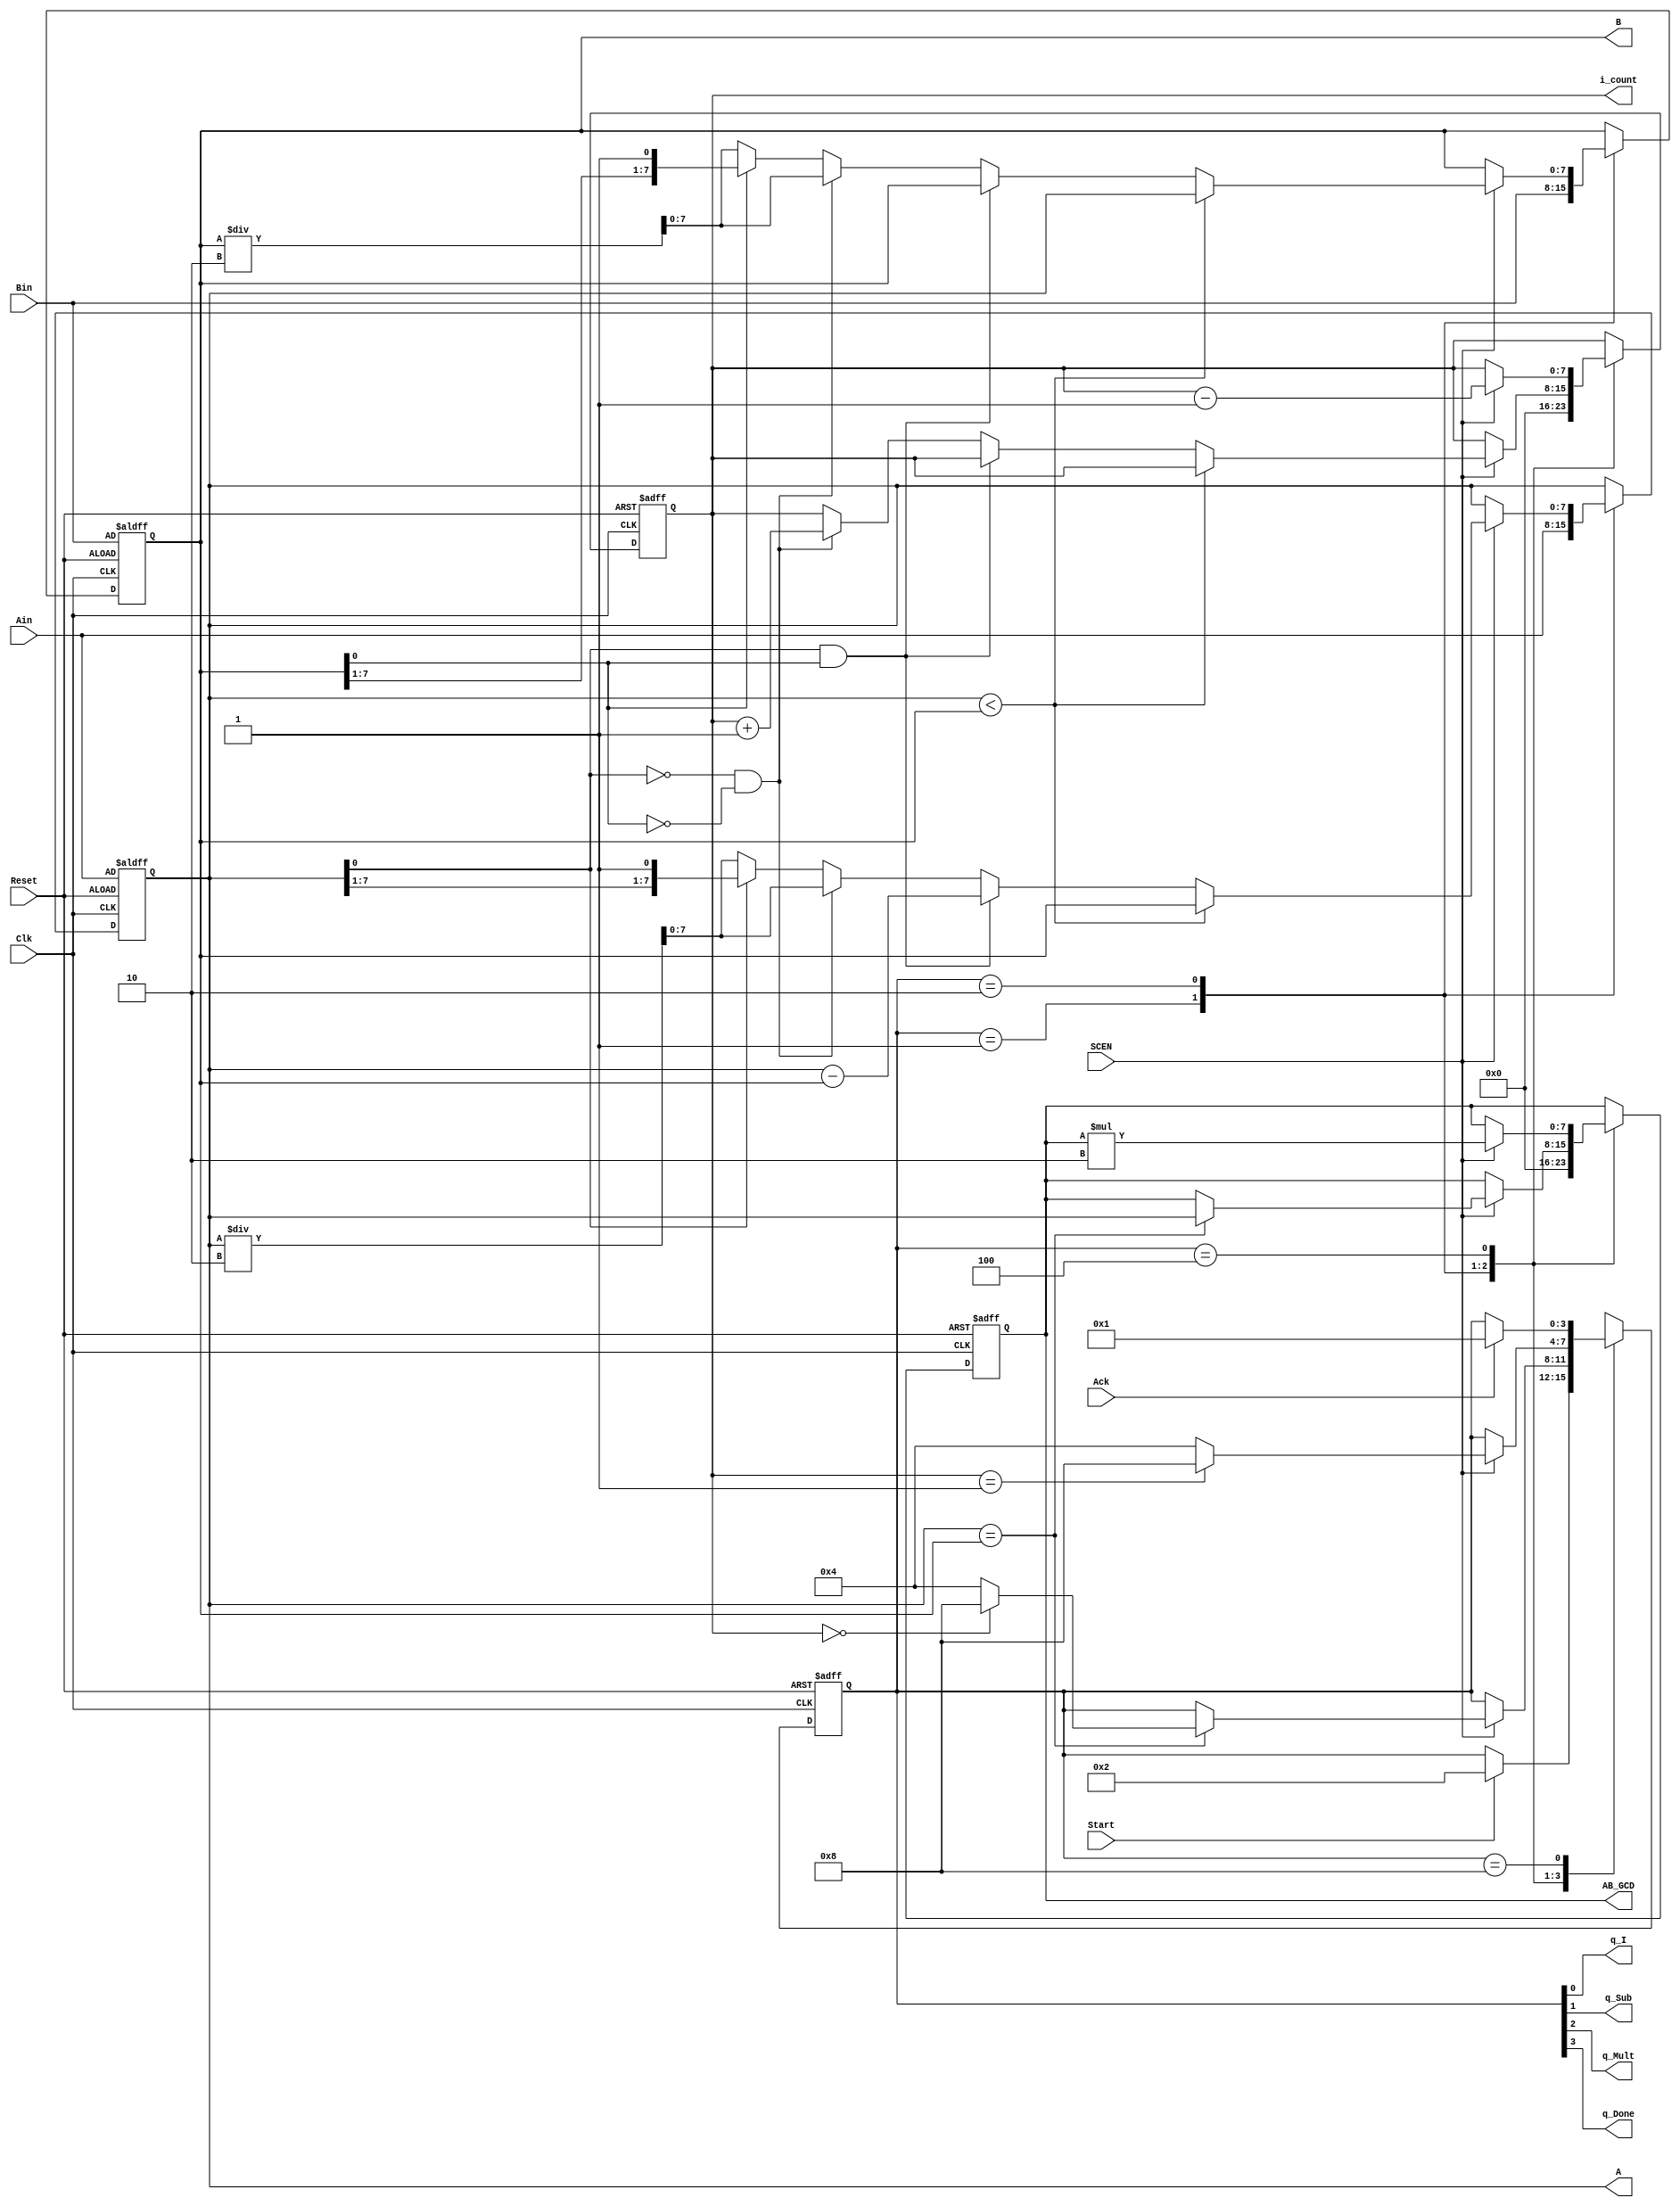
//////////////////////////////////////////////////////////////////////////////////
// Description: 
//
//
// Revision: 		2.1
// Additional Comments:  
// 10/13/2008 SCEN has been added by Gandhi
//  3/1/2010  Signal names are changed in line with the divider_verilog design
//           `define is replaced by localparam construct
//  02/24/2020 Nexys-3 to Nexys-4 conversion done by Yue (Julien) Niu and reviewed by Gandhi
//////////////////////////////////////////////////////////////////////////////////


module ee354_GCD(Clk, SCEN, Reset, Start, Ack, Ain, Bin, A, B, AB_GCD, i_count, q_I, q_Sub, q_Mult, q_Done);


	/*  INPUTS */
	input	Clk, SCEN, Reset, Start, Ack;
	input [7:0] Ain;
	input [7:0] Bin;
	
	// i_count is a count of number of factors of 2	. We do not need an 8-bit counter. 
	// However, in-line with other variables, this has been made an 8-bit item.
	/*  OUTPUTS */
	// store the two inputs Ain and Bin in A and B . These (A, B) are also continuously output to the higher module. along with the AB_GCD
	output reg [7:0] A, B, AB_GCD, i_count;		// the result of the operation: GCD of the two numbers
	// store current state
	output q_I, q_Sub, q_Mult, q_Done;
	reg [3:0] state;	
	assign {q_Done, q_Mult, q_Sub, q_I} = state;
		
	localparam 	
	I = 4'b0001, SUB = 4'b0010, MULT = 4'b0100, DONE = 4'b1000, UNK = 4'bXXXX;
	
	// NSL AND SM
	always @ (posedge Clk, posedge Reset)
	begin 
		if(Reset) 
		  begin
			state <= I;
			i_count <= 8'bx;  	// ****** TODO ******
			A <= Ain;		  	// complete the 3 lines
			B <= Bin;
			AB_GCD <= 8'bx;			
		  end
		else				// ****** TODO ****** complete several parts
				case(state)	
					I:
					begin
						// state transfers
						if (Start) state <= SUB;
						// data transfers
						i_count <= 0;
						A <= Ain;
						B <= Bin;
						AB_GCD <= 0;
					end		
					SUB: 
		               if (SCEN) //  This causes single-stepping the SUB state
						begin		
							// state transfers
							if (A == B) state <= (i_count == 0) ? DONE : MULT;
							// data transfers
							if (A == B) AB_GCD <= A;		
							if (A < B)
							  begin
                                A <= B;
                                B <= A;
							  end
							else	// (A > B)
							  begin	
                                if (A[0] & B[0])
                                    A <= A - B;
                                else if (~A[0] & ~B[0])
                                  begin
                                    A <= A / 2;
                                    B <= B / 2;
                                    i_count <= i_count + 1;
                                  end
                                else
                                  begin
                                    if (~A[0]) A <= A / 2;
                                    if (~B[0]) B <= B / 2;
                                  end
							  end
						end
					MULT:
					  if (SCEN) // This causes single-stepping the MULT state
						begin
							// state transfers
							state <= (i_count == 1) ? DONE : MULT;
							// data transfers
                            AB_GCD <= AB_GCD * 2;
                            i_count <= i_count - 1;
						end
					DONE:
						if (Ack) state <= I;
					default:		
						state <= UNK;
				endcase
	end
		
	// OFL
	// no combinational output signals
	
endmodule